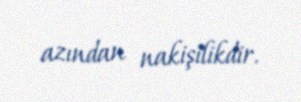
azından nakişilikdir.